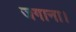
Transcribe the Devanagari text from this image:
जगाना।